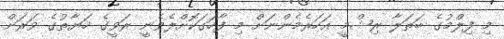
މި ފިލްމުގެ ބަތަލާ ރިޝްމީ އަހަރެމެންނަށް މި ފާހަގަކޮށްލެވެނީ ރަވީގެ ހަޔާތުގެ ވަރަށް